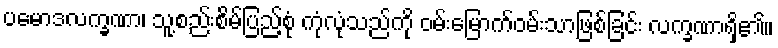
ပမောဒလက္ခဏာ၊ သူ့စည်းစိမ်ပြည့်စုံ ကုံလုံသည်ကို ဝမ်းမြောက်ဝမ်းသာဖြစ်ခြင်း လက္ခဏာရှိ၏။